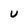
Character: U